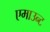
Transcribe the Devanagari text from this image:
एमाउन्ट